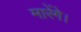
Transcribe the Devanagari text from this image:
मारेंगे।